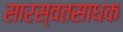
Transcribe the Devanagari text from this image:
सारस्वतसाधक